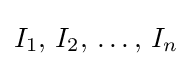
I_{1},\,I_{2},\,\dots ,\,I_{n}